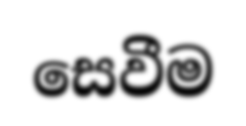
සෙවීම